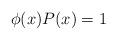
LaTeX: \begin{align*}\phi(x)P(x)=1\end{align*}